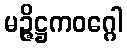
မဉ္ဇိဋ္ဌကဝဂ္ဂေါ